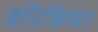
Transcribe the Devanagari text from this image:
इरिशिया